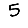
Digit: 5